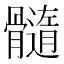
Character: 髓